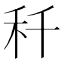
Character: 䄭